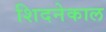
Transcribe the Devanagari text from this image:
शिदनेकाल